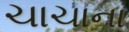
ચાચાના